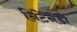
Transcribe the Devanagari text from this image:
निंटेनडो